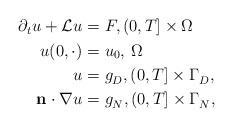
LaTeX: \begin{align*} \begin{aligned}\partial_t u + \mathcal{L} u=&\ F, (0,T] \times \Omega \\u(0,\cdot) =&\ u_0, \, \Omega \\ u= &\ g_D^{}, (0,T] \times \Gamma_D^{},\\\mathbf{n}\cdot \nabla u= &\ g_N^{}, (0,T] \times \Gamma_N^{},\end{aligned}\end{align*}